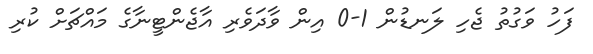
ފަހު ވަގުތު ޖެހި ލަނޑުން 1-0 އިން ވާދަވެރި އާޖެންޓީނާގެ މައްޗަށް ކުރި